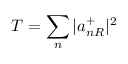
T = \sum _ { n } | a _ { n R } ^ { + } | ^ { 2 }